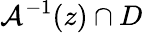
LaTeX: \mathcal{A}^{-1}(z)\cap D